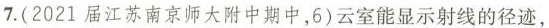
7.(2021届江苏南京师大附中期中，6)云室能显示射线的径迹，